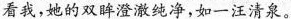
看我，她的双澄澈纯净，如一汪清泉。